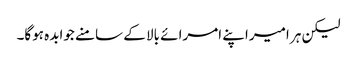
لیکن ہر امیراپنے امرائے بالا کے سامنے جوابدہ ہوگا۔